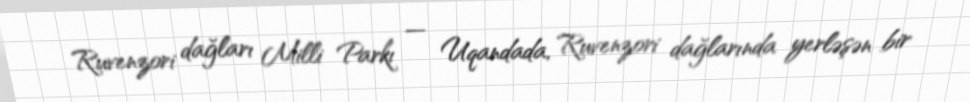
Ruvenzori dağları Milli Parkı — Uqandada, Ruvenzori dağlarında yerləşən bir